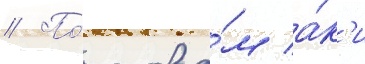
// По́ слова́м а́к'и